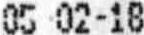
05-02-18